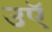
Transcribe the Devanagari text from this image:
उऍ